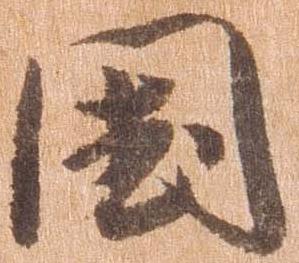
国